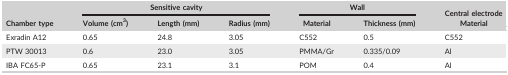
<table><thead><tr><td></td><td colspan="3"><b>Sensitive cavity</b></td><td colspan="2"><b>Wall</b></td><td><b>Central electrode</b></td></tr><tr><td><b>Chamber type</b></td><td><b>Volume (cm<sup>3</sup>)</b></td><td><b>Length (mm)</b></td><td><b>Radius (mm)</b></td><td><b>Material</b></td><td><b>Thickness (mm)</b></td><td><b>Material</b></td></tr></thead><tbody><tr><td>Exradin A12</td><td>0.65</td><td>24.8</td><td>3.05</td><td>C552</td><td>0.5</td><td>C552</td></tr><tr><td>PTW 30013</td><td>0.6</td><td>23.0</td><td>3.05</td><td>PMMA/Gr</td><td>0.335/0.09</td><td>Al</td></tr><tr><td>IBA FC65‐P</td><td>0.65</td><td>23.1</td><td>3.1</td><td>POM</td><td>0.4</td><td>Al</td></tr></tbody></table>